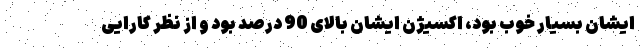
ایشان بسیار خوب بود، اکسیژن ایشان بالای 90 درصد بود و از نظر کارایی